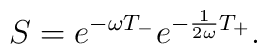
S=e^{-\omega T_{-}} e^{-\frac{1}{2 \omega} T_{+}}.